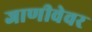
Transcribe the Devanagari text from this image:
जाणीवेवर